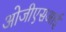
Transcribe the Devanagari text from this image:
ओजीएसआई